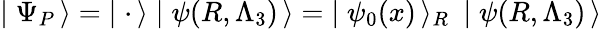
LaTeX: \mid\Psi_{P}\, \rangle=\; \mid{\mathbf\cdot}\, \rangle\mid\psi(R,\Lambda_{3})\, \rangle=\; \mid\psi_{0}(x)\, \rangle_{R}\: \mid\psi(R,\Lambda_{3})\, \rangle